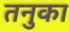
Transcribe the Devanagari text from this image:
तनुका